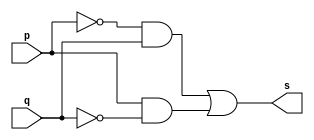
// ------------------------- 
// Exemplo0011 - XOR
// Nome: Rafael Santos Moura 
// ------------------------- 
// --------------------- 
// -- xor gate 
// --------------------- 
	module xorgate (output s, input p, input q); 
	assign s = (~p & q) | (p & ~q); 
	endmodule // xor

// --------------------- 
// -- test xorgate 
// --------------------- 
	module testxorgate; 

// ------------------------- dados locais 
	reg a,b; // definir registrador 
	wire s; // definir conexao (fio) 
	
// ------------------------- instancia 
	xorgate XOR1 (s, a, b); 

// ------------------------- preparacao 
	initial begin:start 
	a=0;
	b=0;

end 

// ------------------------- parte principal 
	initial begin:main 
	$display("Exemplo0011 - Rafael Santos Moura - 441705"); 
	$display("Test xor gate"); 
	$display("\n a ^ b = s\n"); 
	$monitor(" %b ^ %b = %b", a, b, s); 
	#1 a=0; b=0; 
	#1 a=0; b=1; 
	#1 a=1; b=0; 
	#1 a=1; b=1; 
	
end

endmodule // testxorgate